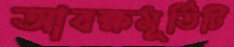
আবক্ষমূর্তিটি